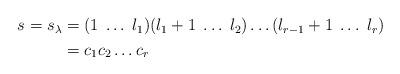
LaTeX: \begin{align*}\begin{aligned}s=s_{\lambda} &=(1 \; \dots \; l_1)(l_1+1\; \dots \; l_2)\dots (l_{r-1}+1\; \dots \; l_r)\\&=c_1c_2 \dots c_r\end{aligned}\end{align*}